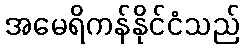
အမေရိကန်နိုင်ငံသည်